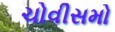
ચોવીસમો